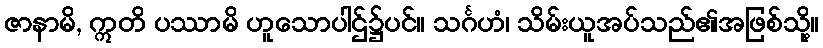
ဇာနာမိ, ဣတိ ပဿာမိ ဟူသောပါဌ်၌ပင်။ သင်္ဂဟံ၊ သိမ်းယူအပ်သည်၏အဖြစ်သို့။